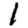
Digit: 1